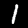
Label: 1